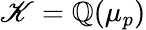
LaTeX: \mathscr{K}=\mathbb{{Q}}(\mu_{p})